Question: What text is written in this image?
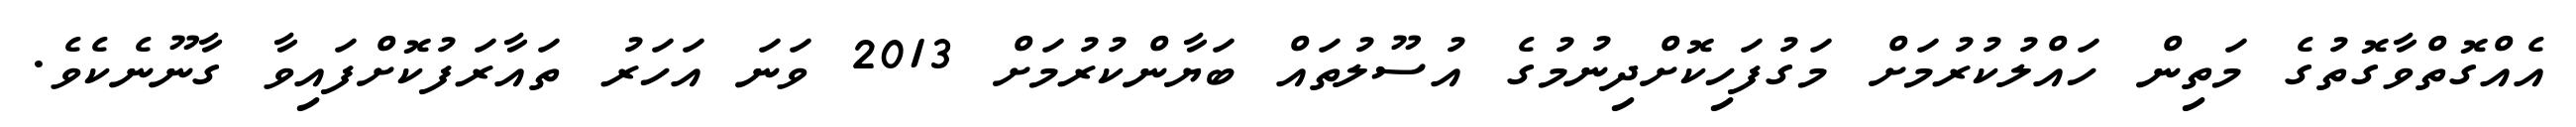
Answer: އެއްގޮތްވާގޮތުގެ މަތިން ހައްލުކުރުމަށް މަގުފަހިކޮށްދިނުމުގެ އުސޫލުތައް ބަޔާންކުރުމަށް 2013 ވަނަ އަހަރު ތައާރަފުކޮށްފައިވާ ގާނޫނެކެވެ.